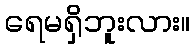
ရေမရှိဘူးလား။